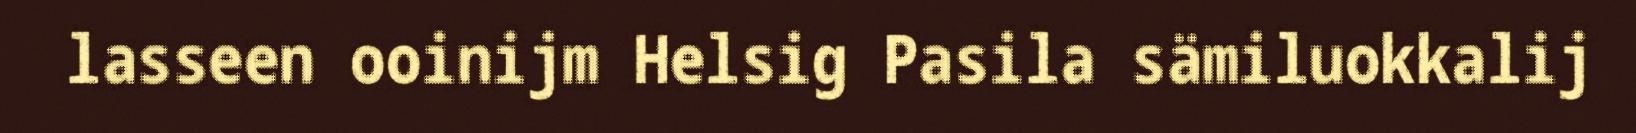
lasseen ooinijm Helsig Pasila sämiluokkalij